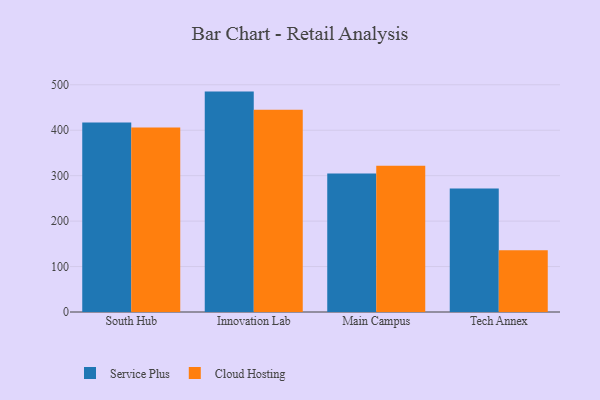
{"axis": {"x": "Campus", "y": "Website Visitors"}, "legend": ["Cloud Hosting", "Service Plus"], "data": [{"x": "South Hub", "y": 416.9, "type": "Service Plus"}, {"x": "South Hub", "y": 406.1, "type": "Cloud Hosting"}, {"x": "Innovation Lab", "y": 485.0, "type": "Service Plus"}, {"x": "Innovation Lab", "y": 445.2, "type": "Cloud Hosting"}, {"x": "Main Campus", "y": 304.6, "type": "Service Plus"}, {"x": "Main Campus", "y": 322.0, "type": "Cloud Hosting"}, {"x": "Tech Annex", "y": 271.6, "type": "Service Plus"}, {"x": "Tech Annex", "y": 135.7, "type": "Cloud Hosting"}]}